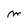
Character: m